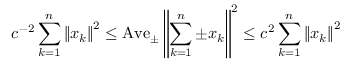
c ^ { - 2 } \sum _ { k = 1 } ^ { n } \left\| x _ { k } \right\| ^ { 2 } \leq \operatorname { A v e } _ { \pm } \left\| \sum _ { k = 1 } ^ { n } \pm x _ { k } \right\| ^ { 2 } \leq c ^ { 2 } \sum _ { k = 1 } ^ { n } \left\| x _ { k } \right\| ^ { 2 }